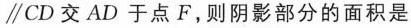
\parallel CD交AD于点F，则阴影部分的面积是